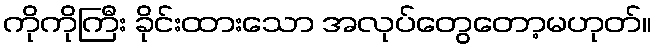
ကိုကိုကြီး ခိုင်းထားသော အလုပ်တွေတော့မဟုတ်။